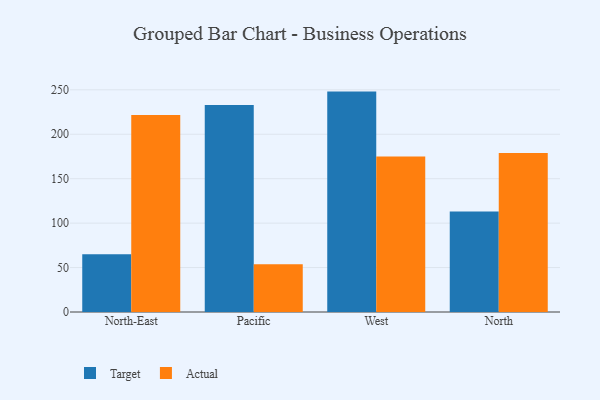
{"axis": {"x": "Region", "y": "Temperature (°C)"}, "legend": ["Actual", "Target"], "data": [{"x": "North-East", "y": 64.9, "type": "Target"}, {"x": "North-East", "y": 221.8, "type": "Actual"}, {"x": "Pacific", "y": 232.8, "type": "Target"}, {"x": "Pacific", "y": 53.8, "type": "Actual"}, {"x": "West", "y": 248.0, "type": "Target"}, {"x": "West", "y": 174.9, "type": "Actual"}, {"x": "North", "y": 113.1, "type": "Target"}, {"x": "North", "y": 178.9, "type": "Actual"}]}